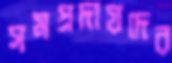
সমপ্রদায়দের